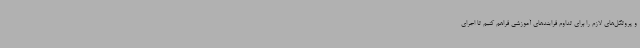
و پروتکل‌های لازم را برای تداوم فرایندهای آموزشی فراهم کنیم تا اجرای